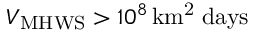
\ensuremath { V _ { \mathrm { M H W S } } } > 1 0 ^ { 8 } \, \ensuremath { \mathrm { k m ^ { 2 } \; d a y s } }